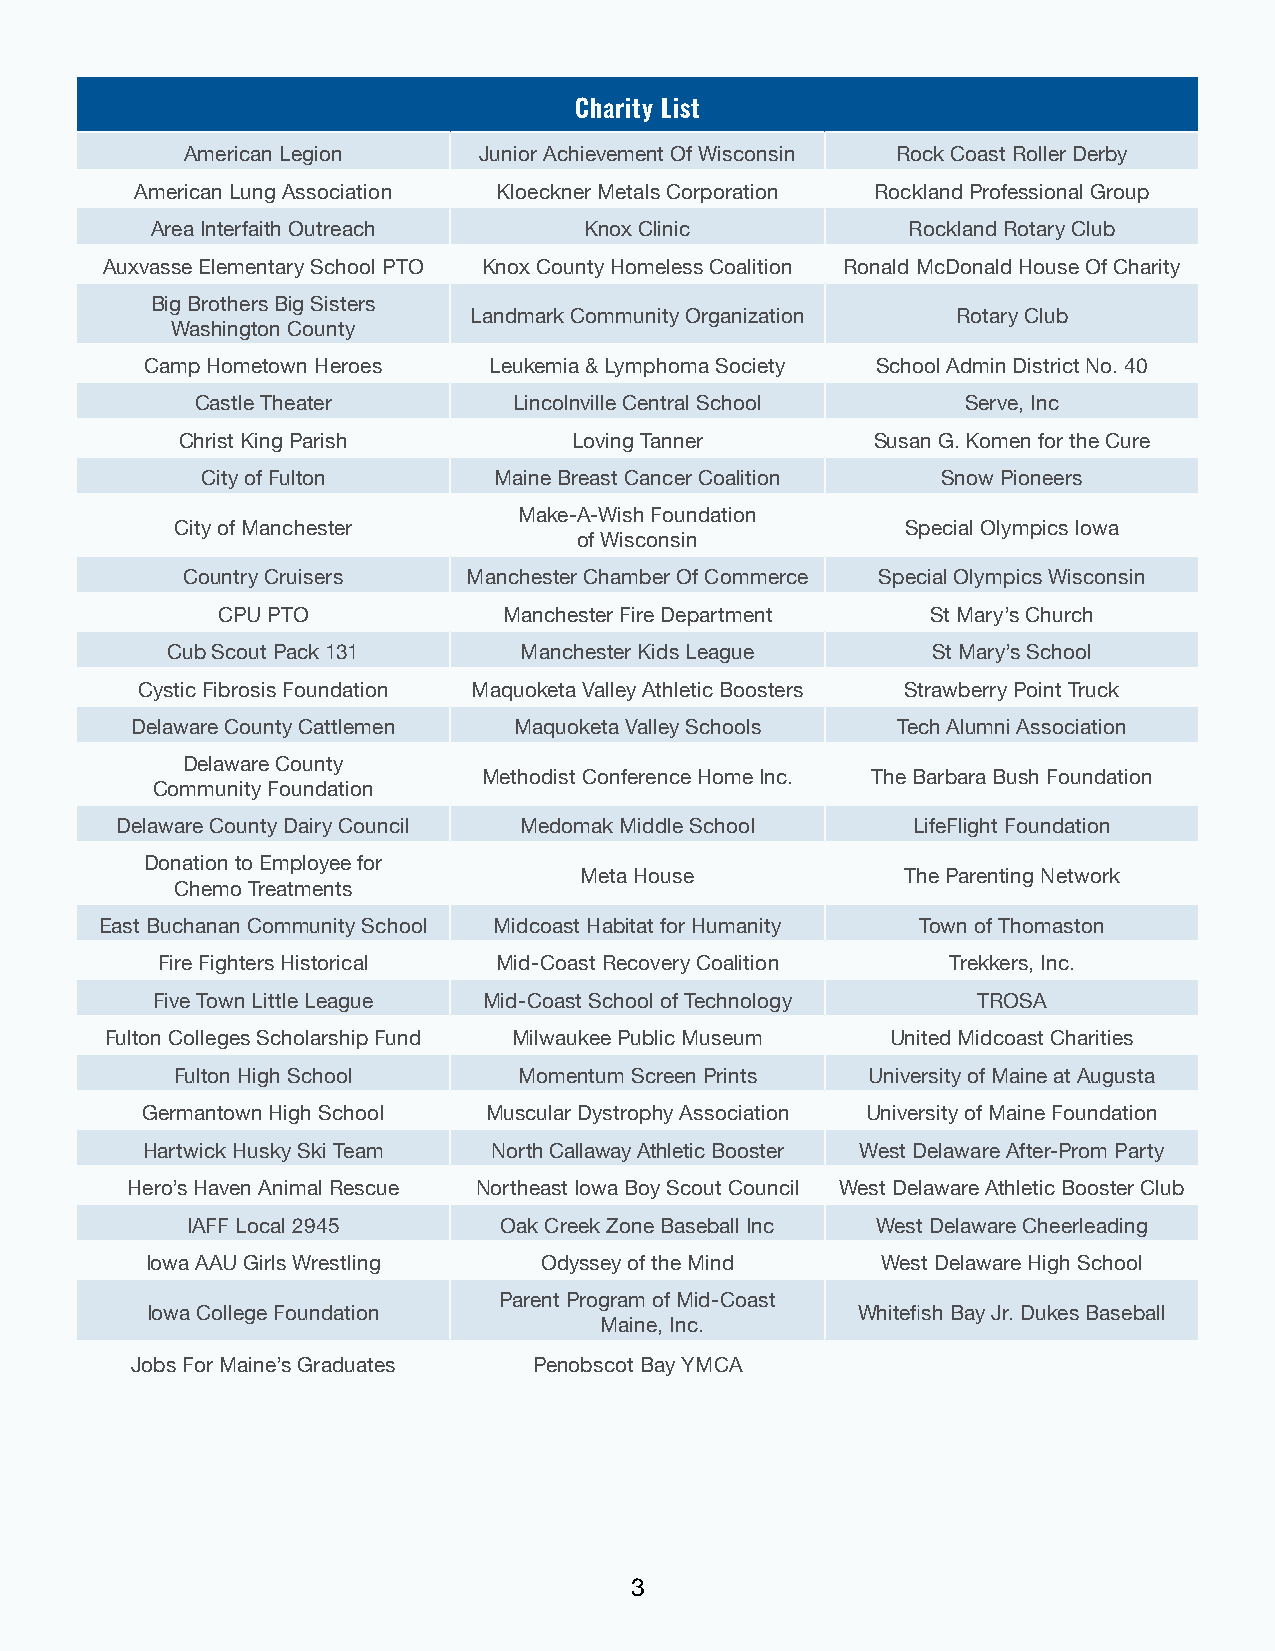
Charity List
 American Legion     Junior Achievement Of Wisconsin Rock Coast Roller Derby
 American Lung Association Kloeckner Metals Corporation Rockland Professional Group
 Area Interfaith Outreach     Knox Clinic          Rockland Rotary Club
 Auxvasse Elementary School PTO Knox County Homeless Coalition Ronald McDonald House Of Charity
 Big Brothers Big Sisters
 Landmark Community Organization Rotary Club
 Washington County
 Camp Hometown Heroes  Leukemia & Lymphoma Society School Admin District No. 40
 Castle Theater       Lincolnville Central School   Serve, Inc
 Christ King Parish        Loving Tanner       Susan G. Komen for the Cure
 City of Fulton      Maine Breast Cancer Coalition Snow Pioneers
 Make-A-Wish Foundation
 City of Manchester                              Special Olympics Iowa
 of Wisconsin
 Country Cruisers   Manchester Chamber Of Commerce Special Olympics Wisconsin
 CPU PTO            Manchester Fire Department   St Mary’s Church
 Cub Scout Pack 131     Manchester Kids League      St Mary’s School
 Cystic Fibrosis Foundation Maquoketa Valley Athletic Boosters Strawberry Point Truck
 Delaware County Cattlemen Maquoketa Valley Schools Tech Alumni Association
 Delaware County
 Methodist Conference Home Inc. The Barbara Bush Foundation
 Community Foundation
 Delaware County Dairy Council Medomak Middle School LifeFlight Foundation
 Donation to Employee for
 Meta House            The Parenting Network
 Chemo Treatments
 East Buchanan Community School Midcoast Habitat for Humanity Town of Thomaston
 Fire Fighters Historical Mid-Coast Recovery Coalition Trekkers, Inc.
 Five Town Little League Mid-Coast School of Technology TROSA
 Fulton Colleges Scholarship Fund Milwaukee Public Museum United Midcoast Charities
 Fulton High School    Momentum Screen Prints University of Maine at Augusta
 Germantown High School Muscular Dystrophy Association University of Maine Foundation
 Hartwick Husky Ski Team North Callaway Athletic Booster West Delaware After-Prom Party
 Hero’s Haven Animal Rescue Northeast Iowa Boy Scout Council West Delaware Athletic Booster Club
 IAFF Local 2945      Oak Creek Zone Baseball Inc West Delaware Cheerleading
 Iowa AAU Girls Wrestling  Odyssey of the Mind   West Delaware High School
 Parent Program of Mid-Coast
 Iowa College Foundation                        Whitefish Bay Jr. Dukes Baseball
 Maine, Inc.
 Jobs For Maine’s Graduates Penobscot Bay YMCA
 3